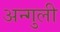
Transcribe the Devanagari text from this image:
अन्गुली